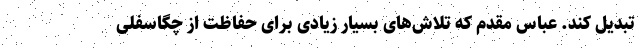
تبدیل کند. عباس مقدم که تلاش‌های بسیار زیادی برای حفاظت از چگاسفلی